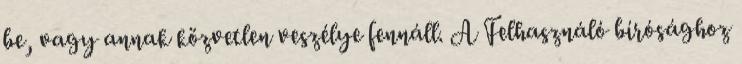
be, vagy annak közvetlen veszélye fennáll. A Felhasználó bírósághoz